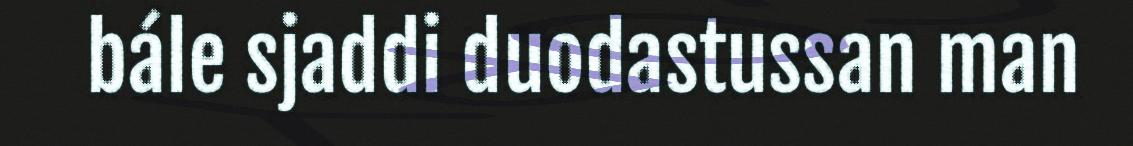
bále sjaddi duodastussan man